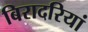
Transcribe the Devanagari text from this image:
बिरादरियां